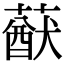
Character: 𦽈